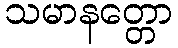
သမာနတ္တော